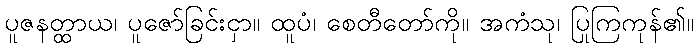
ပူဇနတ္ထာယ၊ ပူဇော်ခြင်းငှာ။ ထူပံ၊ စေတီတော်ကို။ အကံသု၊ ပြုကြကုန်၏။